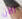
الآن